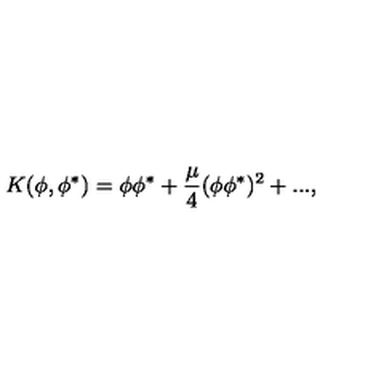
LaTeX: K ( \phi , \phi ^ { * } ) = \phi \phi ^ { * } + \frac { \mu } { 4 } ( \phi \phi ^ { * } ) ^ { 2 } + . . . ,